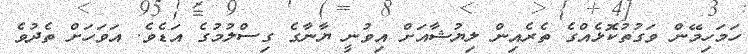
ހަމަހިމޭން ވަގުތުކޮޅެއްގެ ތެރެއިން ލިޔުޝާއަށް އިވުނީ ޔާނާގެ ގިސްލުމުގެ އަޑެވެ. އަވަހަށް ތެދުވެ